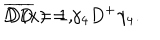
D \overline { { { D } } } = 1 , \hspace { 0 . 3 i n } \overline { { { D } } } ( x ) = \gamma _ { 4 } D ^ { + } \gamma _ { 4 } .